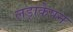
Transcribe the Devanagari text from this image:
लड़ाकेपन